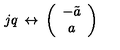
j q \: \leftrightarrow \: \left( \begin{array} { c } { - \tilde { a } } \\ { a } \\ \end{array} \right)